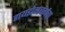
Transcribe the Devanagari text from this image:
हायझेनबर्गचा